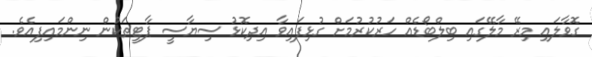
ގޮވާލައި މިރޭ މާލޭގައި ބިލްބޯޑެއް ހަރުކުރުމަށް ގުޅިފައިވާ އިދިކޮޅު ސިޔާސީ ޕާޓީތަކުން ނިންމައިފިއެވެ.